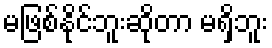
မဖြစ်နိုင်ဘူးဆိုတာ မရှိဘူး